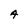
Character: A